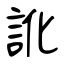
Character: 訛